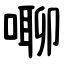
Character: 㗦